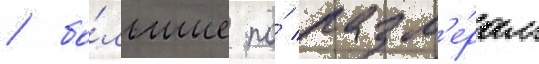
/ бо́льшие по́ разм'е́рам